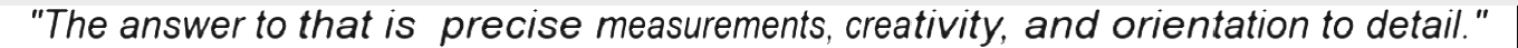
"The answer to that is  precise measurements, creativity, and orientation to detail."